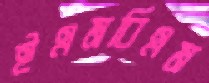
ইএমবিএম